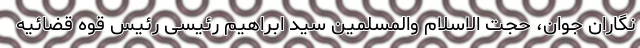
نگاران جوان، حجت الاسلام والمسلمین سید ابراهیم رئیسی رئیس قوه قضائیه